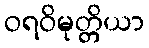
ဝရဝိမုတ္တိယာ